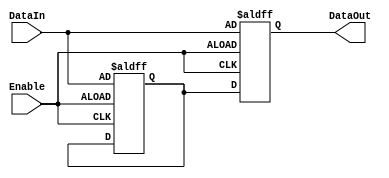
module Disable (
    input wire Enable,          // Control signal to enable or disable the block
    input wire [N-1:0] DataIn, // Example input data (N bits wide)
    output reg [N-1:0] DataOut // Example output data (N bits wide)
);
    parameter N = 8; // Parameter to define the width of the data signals

    // Internal register to hold the last valid output value
    reg [N-1:0] last_valid_output;

    always @(posedge Enable or negedge Enable) begin
        if (Enable) begin
            // When enabled, update the output with the input data
            DataOut <= DataIn;
            last_valid_output <= DataIn; // Store the last valid output
        end else begin
            // When disabled, hold the last valid output
            DataOut <= last_valid_output; // Maintain the last valid output
        end
    end

endmodule